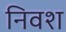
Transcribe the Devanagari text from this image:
निवश